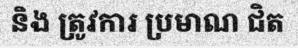
និង ត្រូវការ ប្រមាណ ជិត